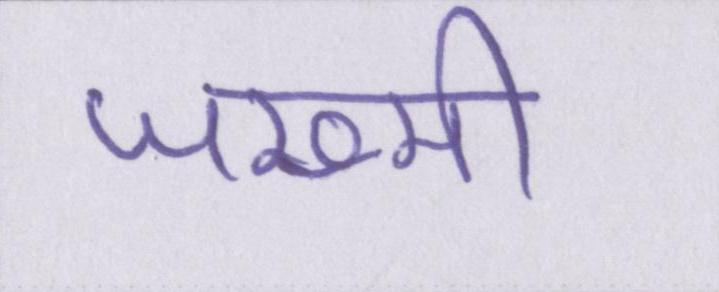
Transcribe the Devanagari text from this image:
जख्मी